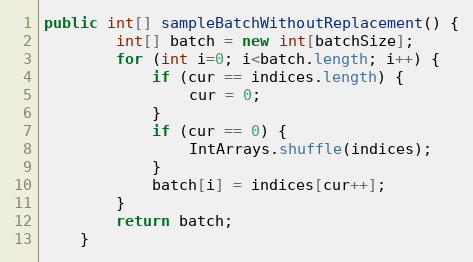
Language: Java
public int[] sampleBatchWithoutReplacement() {
        int[] batch = new int[batchSize];
        for (int i=0; i<batch.length; i++) {
            if (cur == indices.length) {
                cur = 0;
            }
            if (cur == 0) {
                IntArrays.shuffle(indices);
            }
            batch[i] = indices[cur++];
        }
        return batch;
    }